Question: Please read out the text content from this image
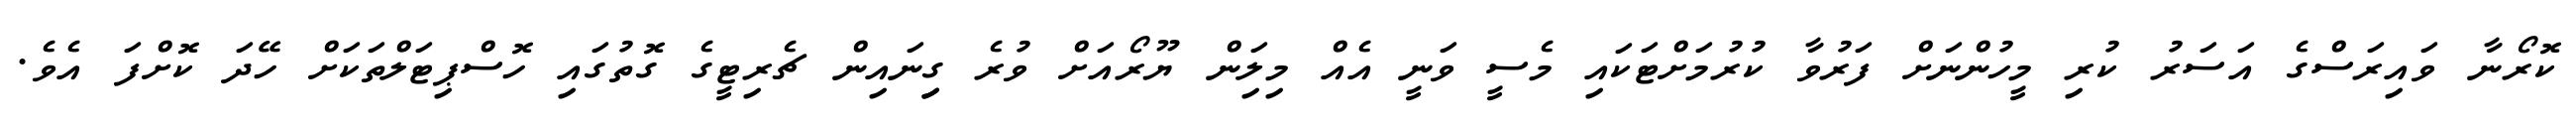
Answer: ކޮރޯނާ ވައިރަސްގެ އަސަރު ކުރި މީހުންނަށް ފަރުވާ ކުރުމަށްޓަކައި މެސީ ވަނީ އެއް މިލިަން ޔޫރޯއަށް ވުރެ ގިިނައިން ޗެރިޓީގެ ގޮތުގައި ހޮސްޕިޓަލްތަކަށް ހޭދަ ކޮށްފަ އެވެ.